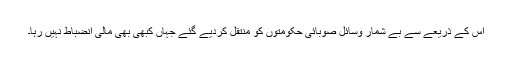
اس کے ذریعے سے بے شمار وسائل صوبائی حکومتوں کو منتقل کردیے گئے جہاں کبھی بھی مالی انضباط نہیں رہا۔